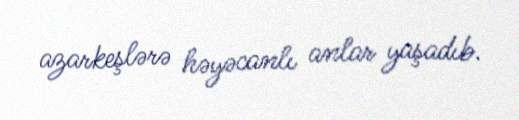
azarkeşlərə həyəcanlı anlar yaşadıb.